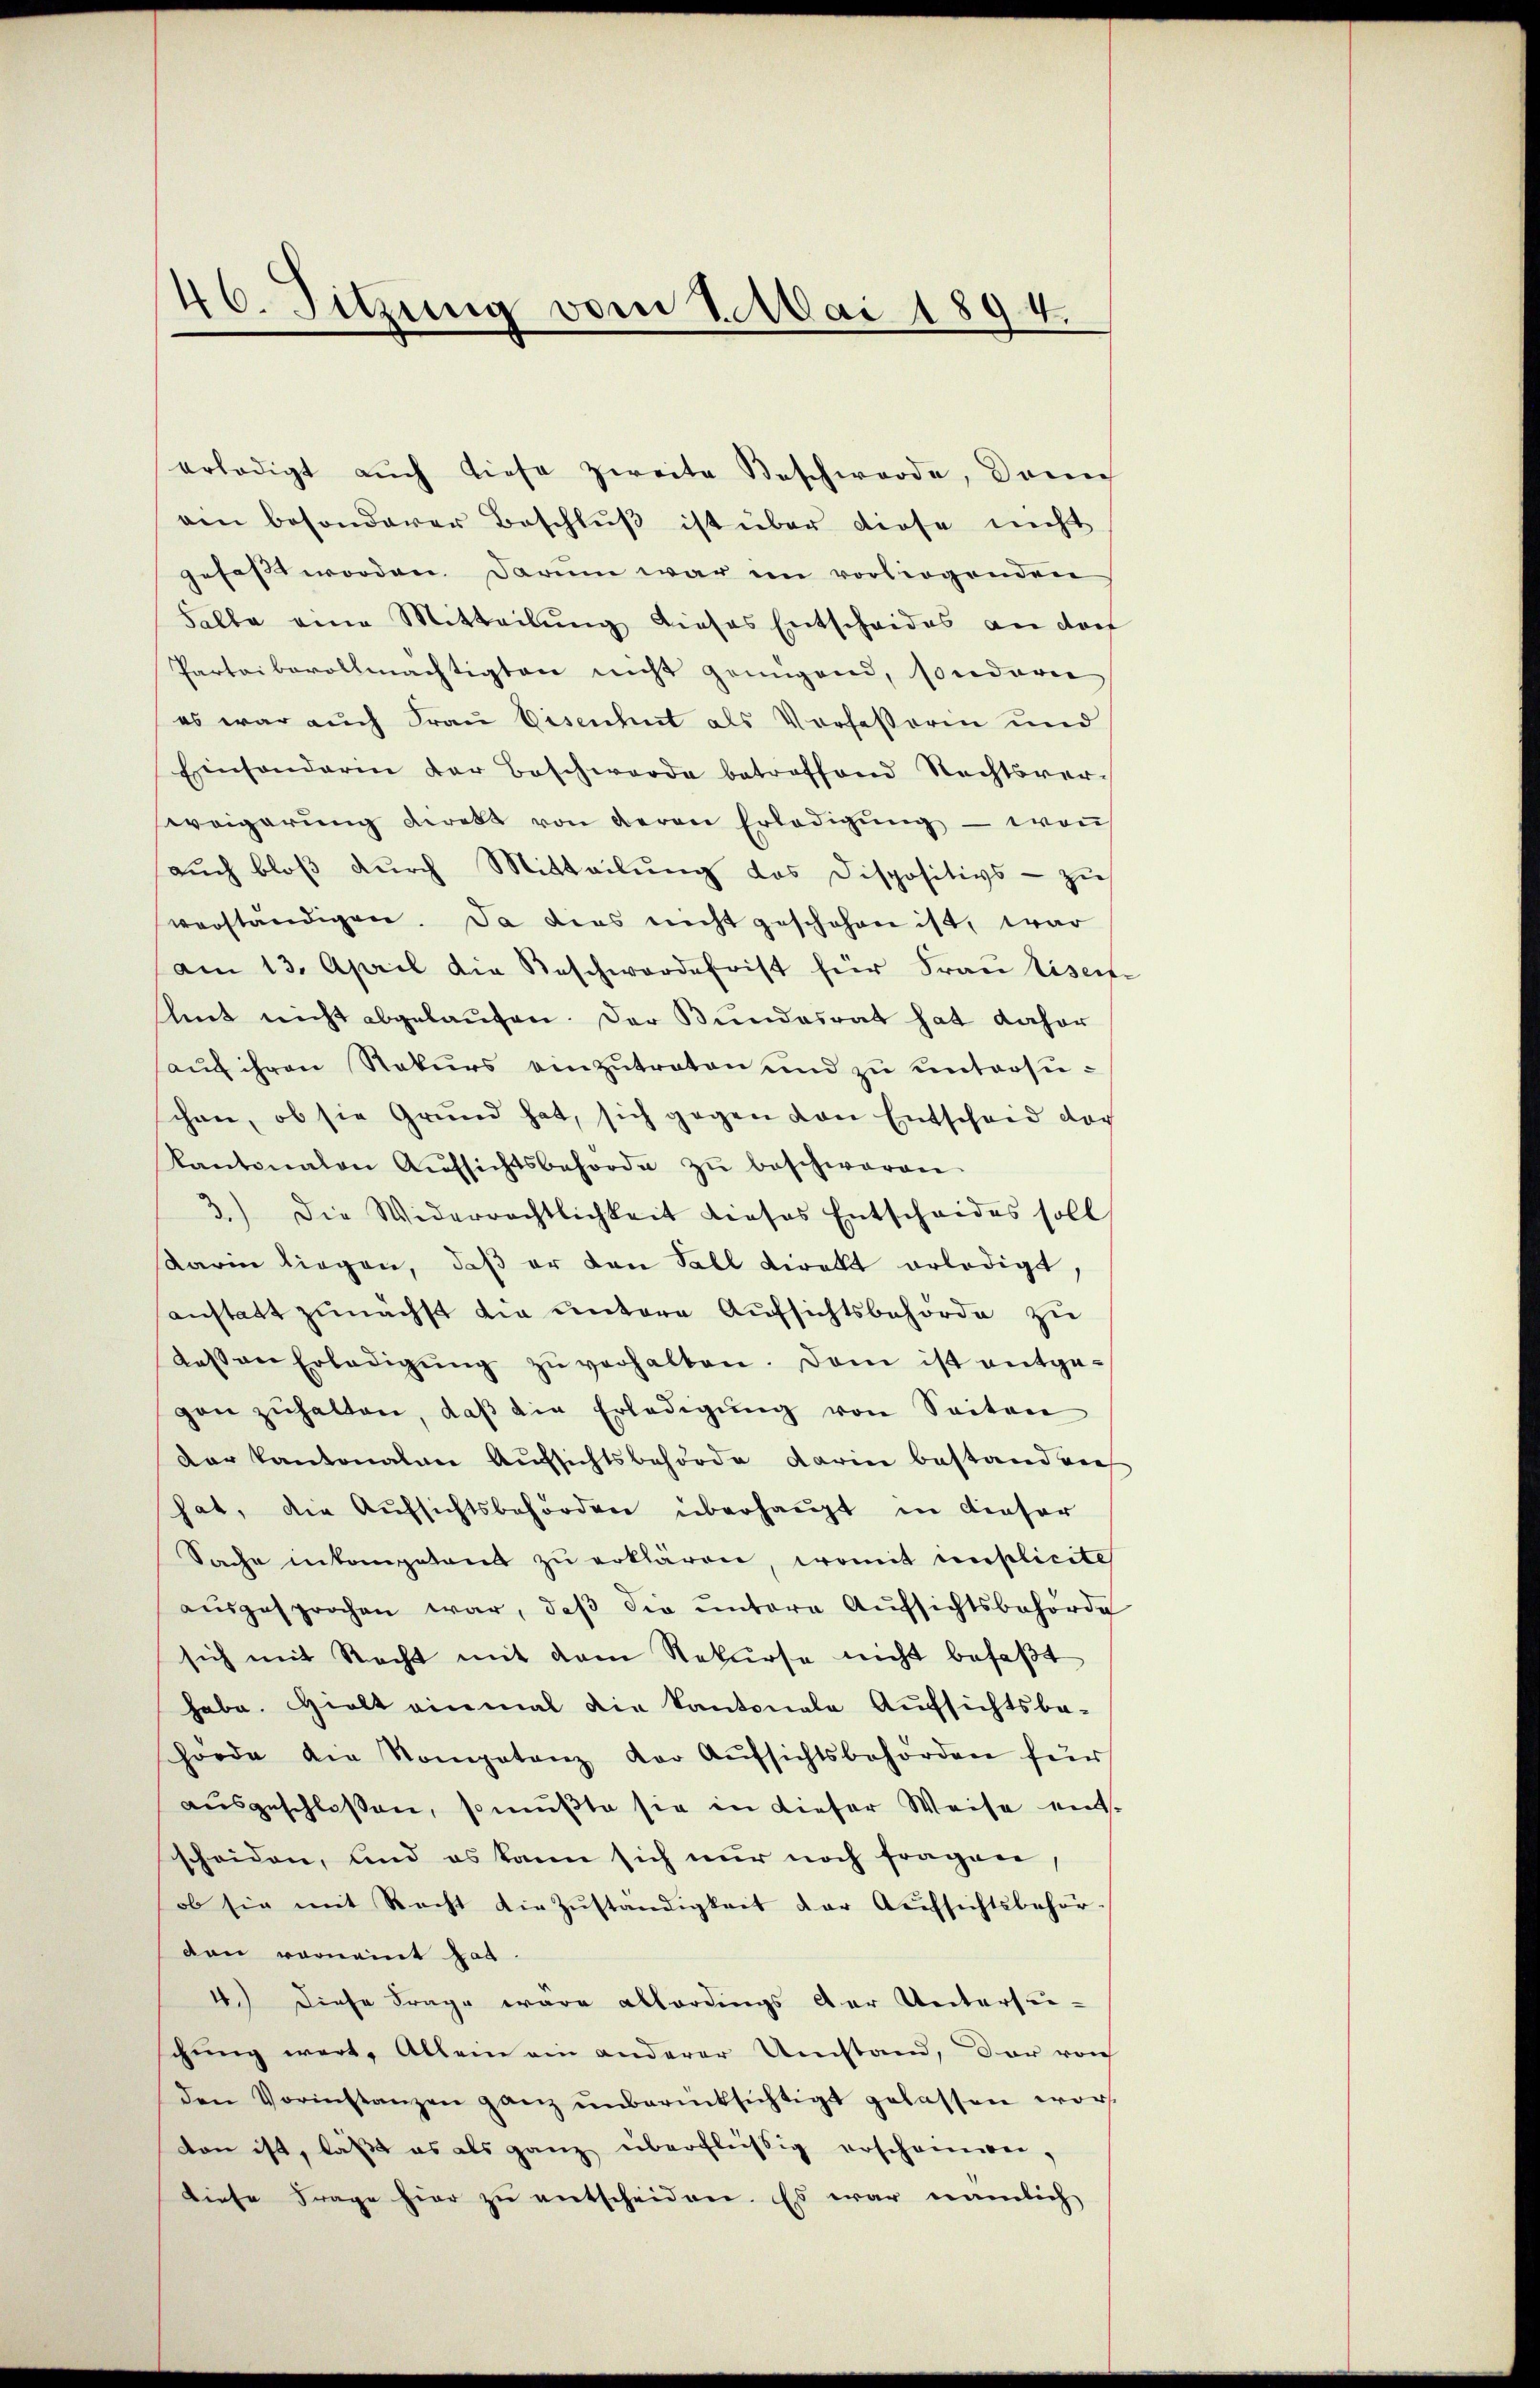
46. Sitzung vom 1. Mai 1894.

erledigt aŭch diese zweite Beschwerde, dann
am besonderer Beschlŭβ ist über diese nicht
gefaßt worden. Darum war im vorliegenden
Salbe eine Mitteilung dieses Entscheides an dies
Partei bevollmächtigten nicht genügend, sonderie
es war auch Frau Eisenhut als Vorfessorin und
Einsonderin der Beschwerde betreffend Rechtsver-
weigerung direkt von deren Erledigŭng — wen
auch bloß durch Mitteilung des Dispositivs - zu
verständigen. Da dies nicht geschehen ist, war
am 13. April die Beschwerdefrist für Frau Eiserfe
mit nicht abgelaufen. Der Bundesrat hat daher
aŭf ihren Rekurs einzŭtreten und zu untersuchen, ob sie Grund hat, sich gegen von Entscheid doch
Kantonalen Aŭfsichtsbehörde zŭ beschwaren.
3.) Die Widerrechtlichkeit dieses Entscheides soll
Karin liegen, daß er von Soll direkt erledigt,
anstatt zunächst die untere Aufsichtsbehörde zu
dessen Erledigŭng zŭ verhalten. Dem ist entgegen zŭhalten, daβ die Erledigŭng von Seiten
der Kantonalen Aufsichtsbehörde darin bestandene
hat, die Aufsichtsbehörden überhaupt in dieser
Sache inkompetent zu erklären, womit implicite
ausgesprochen war, daβ die untere Aufsichtsbehörde
sich mit Recht mit dem Rekurse nicht befaßt
habe. Hielt einmal die Kantonale Aufsichtsbachorde die Kompetenz der Aŭfsichtsbehörden für
ausgeschloßen, so mußte sie in dieser Weise entscheiden, und es kann sich nur noch fragen
ob sie mit Recht die Zŭständigkeit der Aŭfsichtsbehör-
den vornamt hat.
4.) Diese Frage wäre allerdings der Untersuchung wert, Allein ein anderer Umstand, der vorh
den Vorinstanzen ganz ŭnberücksichtigt gelassen wor
don ist, laß es als ganz überflüssig erscheinwei-
diese Frage hier zŭ entscheiden. Es war nämlich